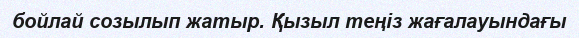
бойлай созылып жатыр. Қызыл теңіз жағалауындағы